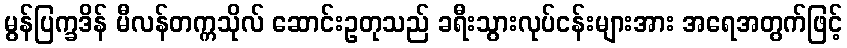
မွန်ပြက္ခဒိန် မီလန်တက္ကသိုလ် ဆောင်းဥတုသည် ခရီးသွားလုပ်ငန်းများအား အရေအတွက်ဖြင့်